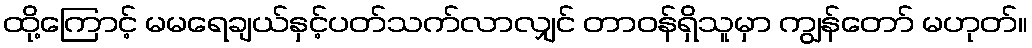
ထို့ကြောင့် မမရေချယ်နှင့်ပတ်သက်လာလျှင် တာဝန်ရှိသူမှာ ကျွန်တော် မဟုတ်။